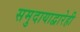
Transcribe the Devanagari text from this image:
समुदायाद्वारेही